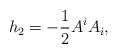
LaTeX: \begin{align*}h_{2}=-\frac{1}{2}A^{i}A_{i}, \end{align*}